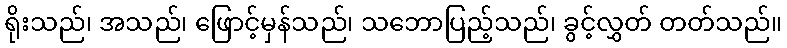
ရိုးသည်၊ အသည်၊ ဖြောင့်မှန်သည်၊ သဘောပြည့်သည်၊ ခွင့်လွှတ် တတ်သည်။